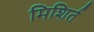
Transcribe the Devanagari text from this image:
मिशिर्त